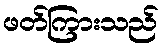
ဖတ်ကြားသည်